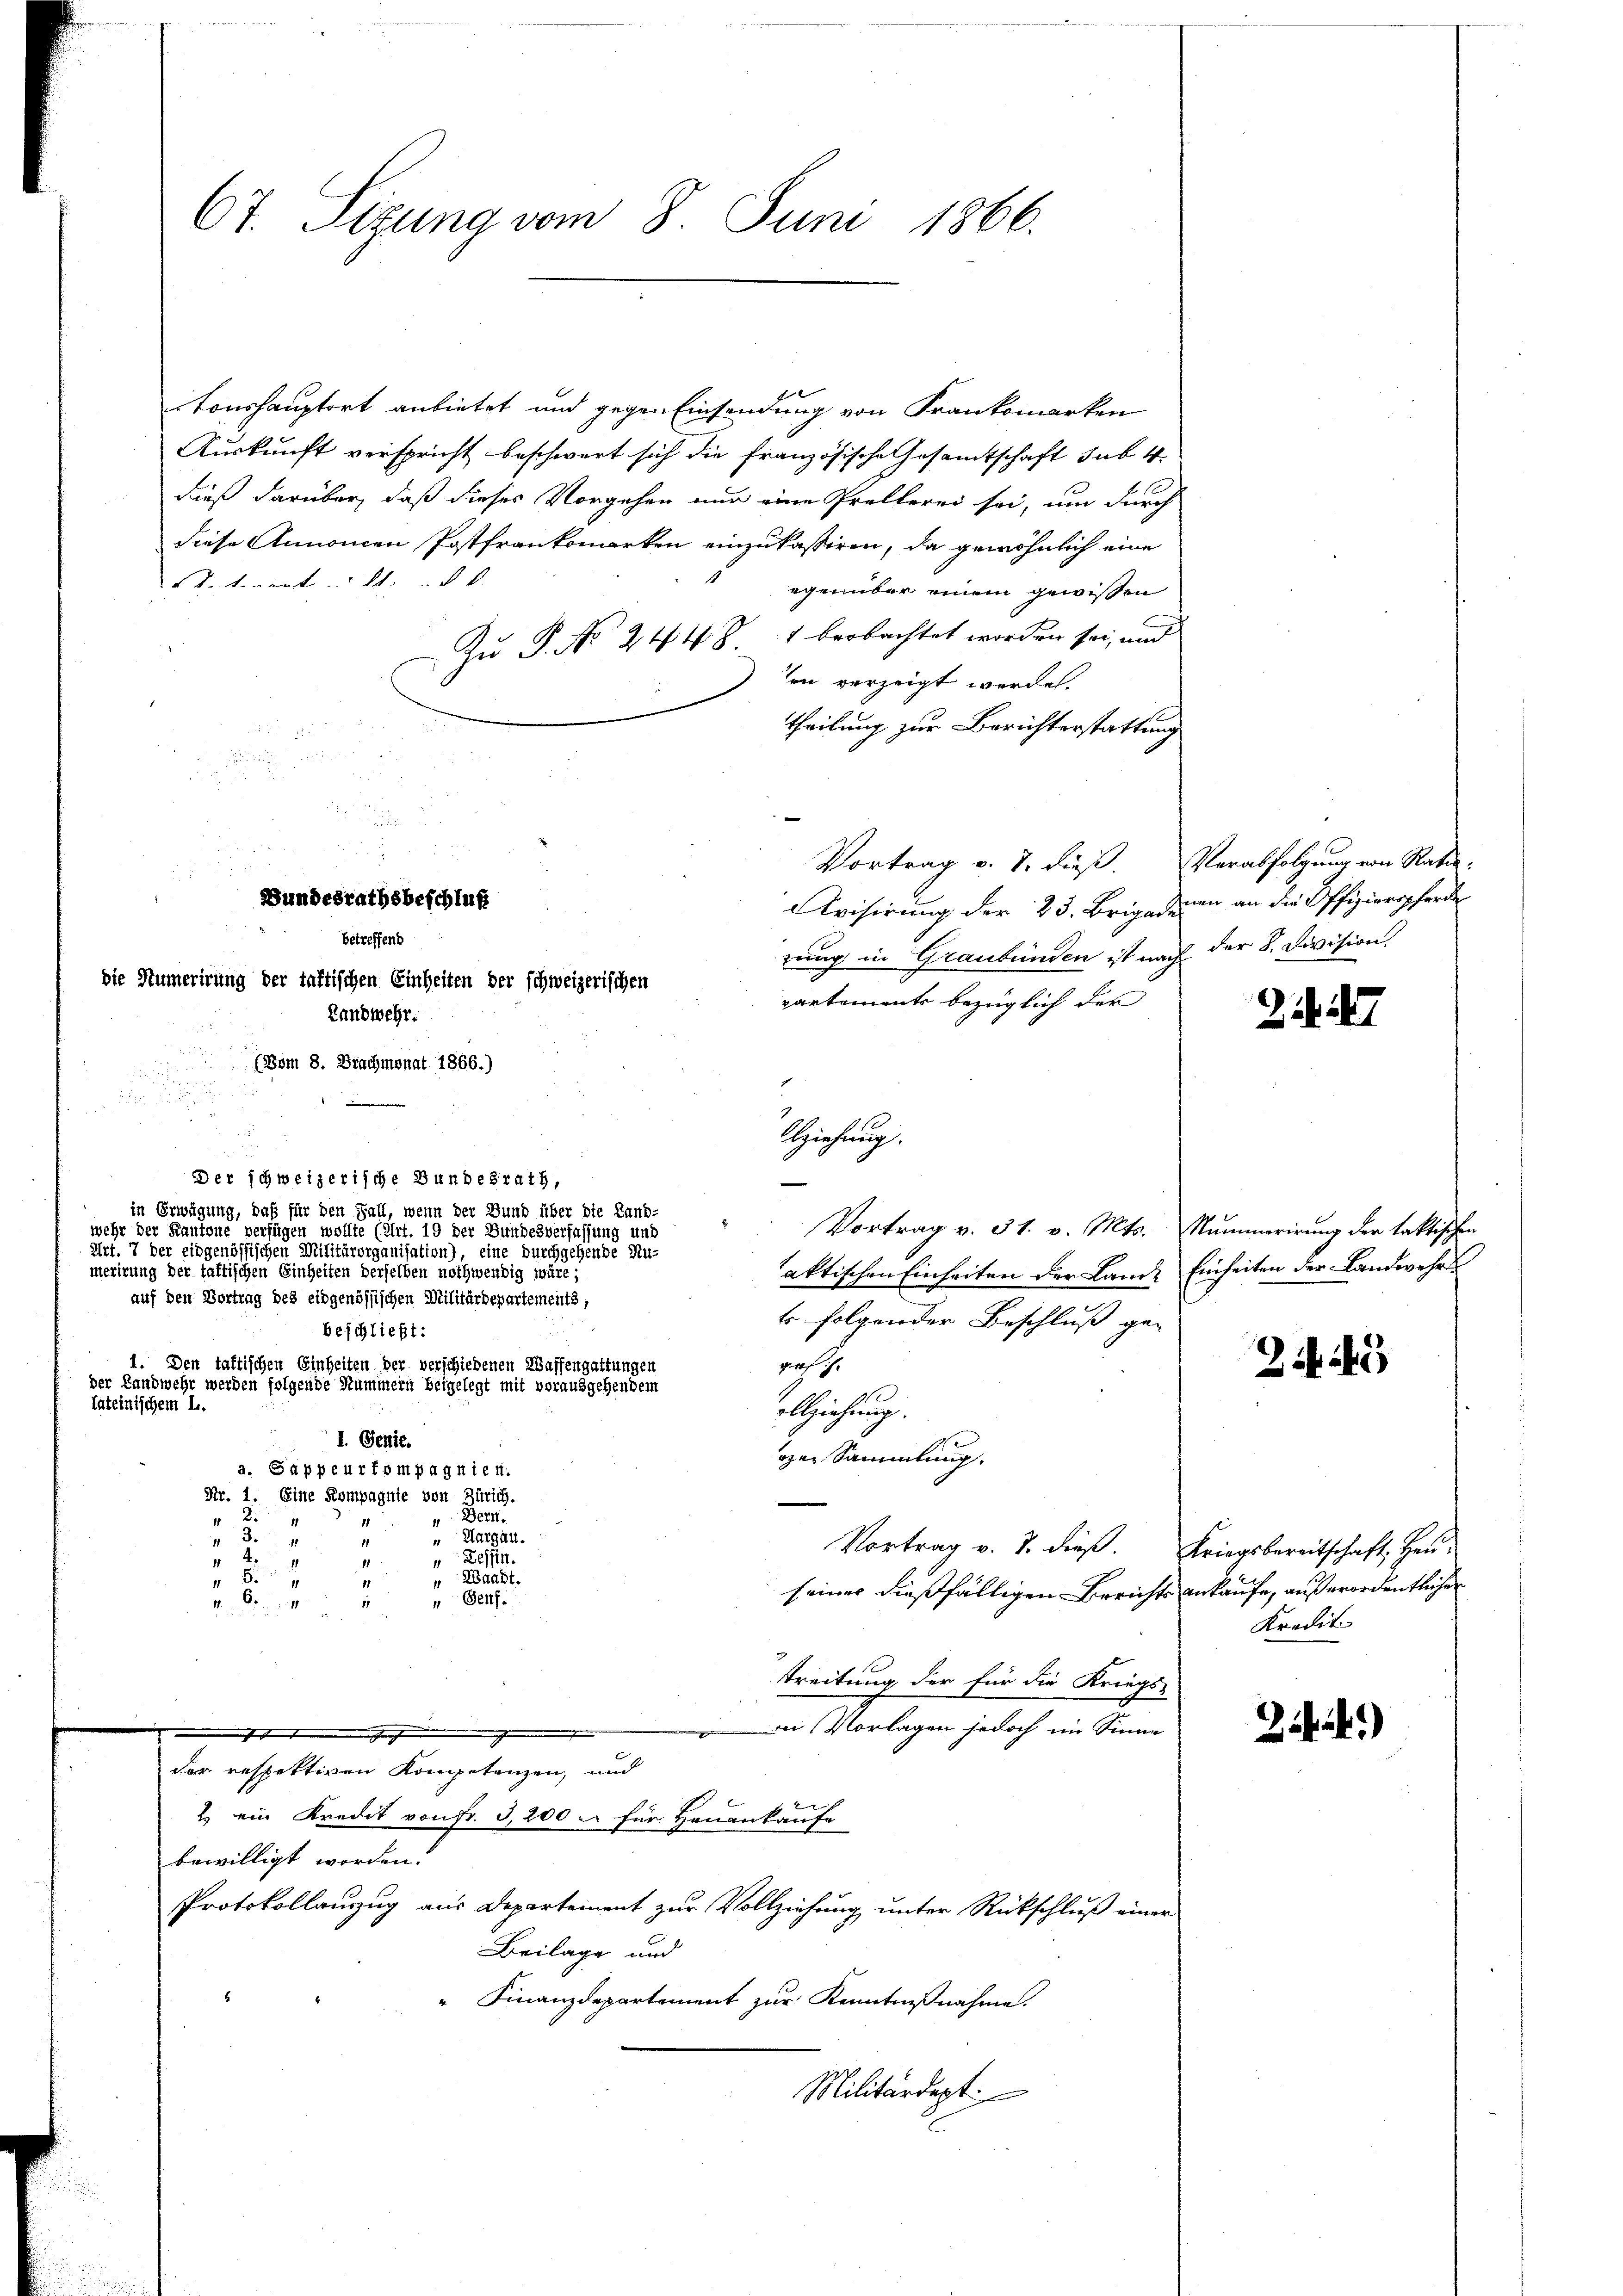
itonshauptort anbietet und gegen Einsendung von Frankomarken
Auskunft verspricht beschwert sich die französische Gesamtschaft sub. 4.
dieß darüber, daß dieses Vorgehen nur eine Prellerei sei, um durch
diese Annommen Postfrankomerken einzukassiren, da gewöhnlich eine
S. tenent.  ..  .
 egenüber einem gewissen
Zu P. No 244 Z 1 beobachtet worden sei, und
ten verzeigt werden.
theilung zur Berichterstattung

2
Avisirung der 23. Brigadenen an die Offizieropferde
zung in Graubünden ist nach der 8. Devision.
partements bezüglich der
Landwehr.
(Bom 8. Brachmonat 1866.)
i
Der schweizerische Bundesrath,
e
in Erwägung, daß für den Fall, wenn der Bund über die Land-
Vortrag v. 31. v. Mts. Nummerirung der faktischen
mehr der Kantone verfügen wollte (Art. 19 der Bundesverfassung und
Art. 7 der eidgenössischen Militärorganisation), eine durchgehende Au-
merirung der taktischen Einheiten derselben nothwendig wäre;
aktischen Einheiten der Lande Einheiten der Landwehre
auf den Vortrag des eidgenössischen Militärdepartements,
t folgender Beschluß ge-
beschließt:
1. Den taftischen Einheiten der verschiedenen Wassengattungen
gersch.
der Landwehr werden folgende Nummern beigelegt mit vorausgehendem
1
lateinischem L.
ollziehung.
I. Genie.
ogen Sammlung.
a. Sappeurfompagnien.
Nr. 1. Eine Kompagnie von Zürich.
Dern.

"Margau.
.
1
11
Vortrag v. J. dieβ. Kriegsbereitschaft, Heu-
Zessin.

 Waadt.
8
seines dießfälligen Berichts ankaufe, außerordentlicher
4. So
" Genf.
treitung der für die Kriegs-
 Vorlagen jedoch im Sinne
d
der respektiven Kompetenzen, und
2 ein Kredit von Fr. 3,200 u. für Heuankaufe
bewilligt worden.
Protokollauszug aus Departement zur Vollziehung unter Rückschluß einer
Beilage und
" Finanzdepartement zur Kenntnißnahme.
Militärdept:

67. Sizung vom 8. Juni 1866.

Bundesrathsbeschluß

betreffend
die Numerirung der taftischen Einheiten der schweizerischen

Abziehung.

Vortrag v. 7. dieß. Verabfolgung von Rati-

24. 27

21443

Kredit

Zif. 4)